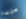
مزيدا